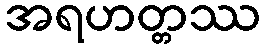
အရဟတ္တဿ